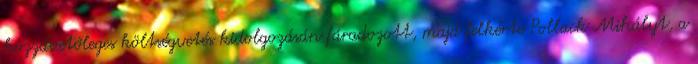
hozzávetőleges költségvetés kidolgozásán fáradozott, majd felkérte Pollack Mihályt, a